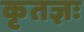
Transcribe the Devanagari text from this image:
कृतज्ञः